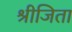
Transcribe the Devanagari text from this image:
श्रीजिता